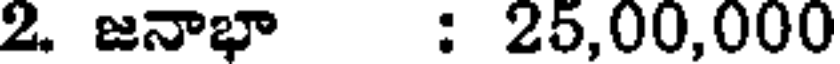
2. జనాభా : 25,00,000